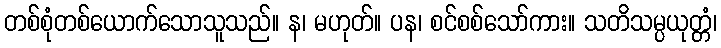
တစ်စုံတစ်ယောက်သောသူသည်။ န၊ မဟုတ်။ ပန၊ စင်စစ်သော်ကား။ သတိသမ္ပယုတ္တံ၊